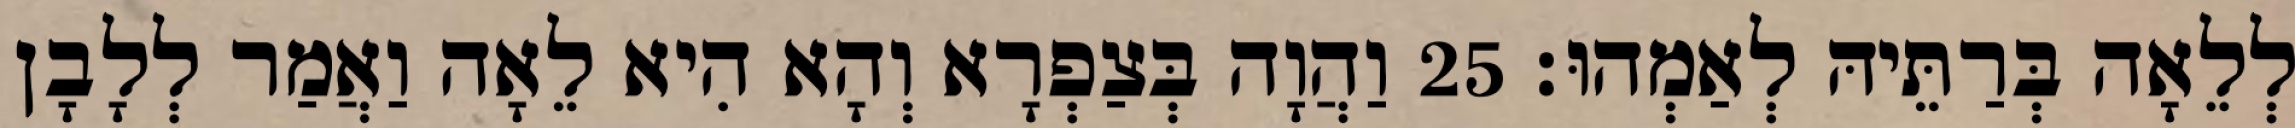
לְלֵאָה בְּרַתֵּיהּ לְאַמְהוּ׃ 25 וַהֲוָה בְּצַפְרָא וְהָא הִיא לֵאָה וַאֲמַר לְלָבָן